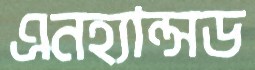
এনহ্যান্সড